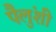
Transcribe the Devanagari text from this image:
पैलुंशी